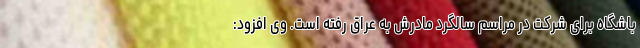
باشگاه برای شرکت در مراسم سالگرد مادرش به عراق رفته است. وی افزود: